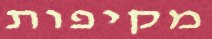
מקיפות